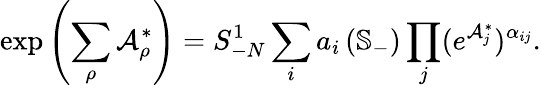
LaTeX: \exp\left(\sum_{\rho}\mathcal{A}_{\rho}^{\ast}\right)=S_{-N}^{1}\sum_{i}a_{i}\left(\mathbb{S}_{-}\right)\prod_{j}(e^{\mathcal{A}_{j}^{\ast}})^{\alpha_{ij}}.